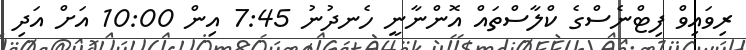
ރިވައިވް ފިޓްނެސްގެ ކްލާސްތައް އޮންނާނީ ހެނދުނު 7:45 އިން 10:00 އަށް އަދި